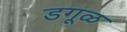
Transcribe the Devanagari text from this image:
डगूळ